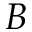
B